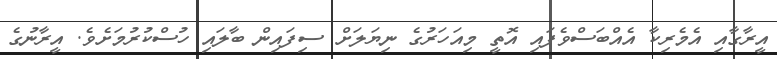
އީރާގާއި އެމެރިކާ އެއްބަސްވެފައި އޮތީ މިއަހަރުގެ ނިޔަލަށް ސިފައިން ބާލައި ހުސްކުރުމަށެވެ. އީރާނުގެ